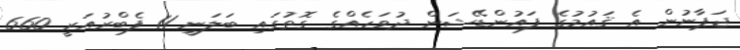
ޖަޕާނުން އެ ޤައުމުގެ ފައުންޑޭޝަން ދުވަހެއްގެ ގޮތުގައި ބަލަނީ 11 ފެބްރުއަރީ 660